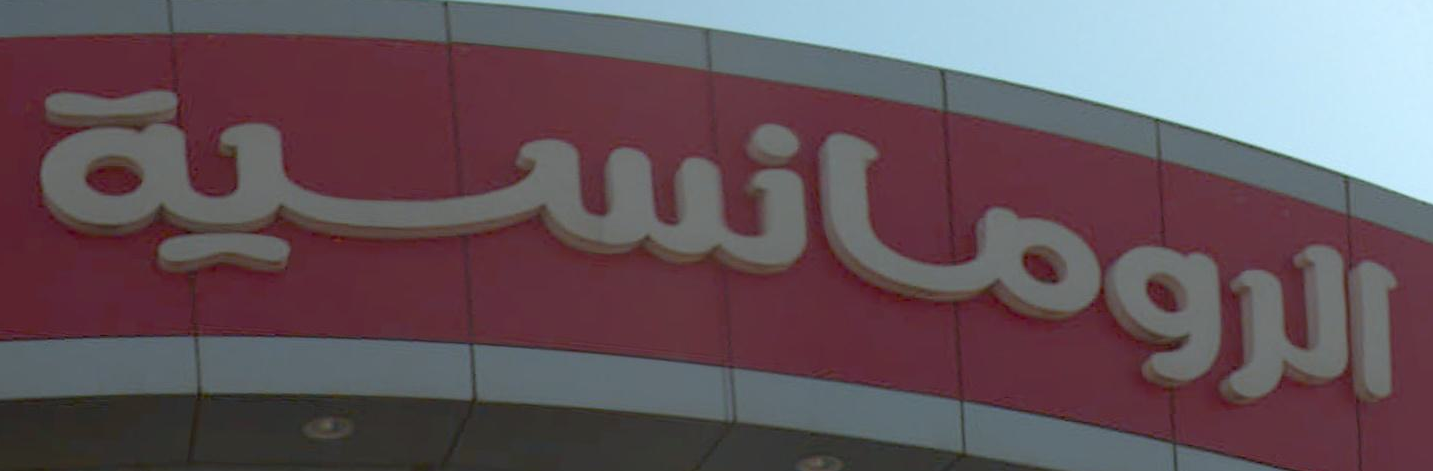
الرومانسية